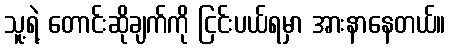
သူ့ရဲ့ တောင်းဆိုချက်ကို ငြင်းပယ်ရမှာ အားနာနေတယ်။